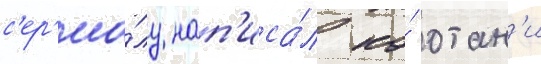
с'ер'иа́лу нап'иса́л ко́ отан'и